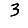
Digit: 3